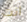
انت